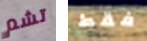
تشم فقط